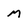
Character: M